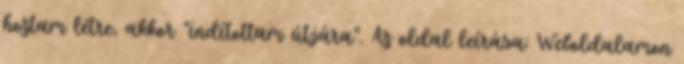
hoztam létre, akkor "indítottam útjára". Az oldal leírása: Weboldalamon